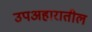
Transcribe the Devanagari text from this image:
उपअहारातील